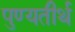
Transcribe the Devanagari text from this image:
पुण्यतीर्थ